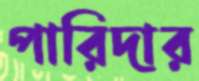
পারিদার